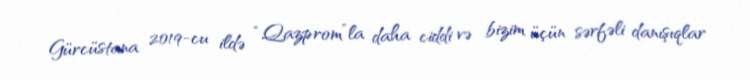
Gürcüstana 2019-cu ildə “Qazprom”la daha ciddi və bizim üçün sərfəli danışıqlar